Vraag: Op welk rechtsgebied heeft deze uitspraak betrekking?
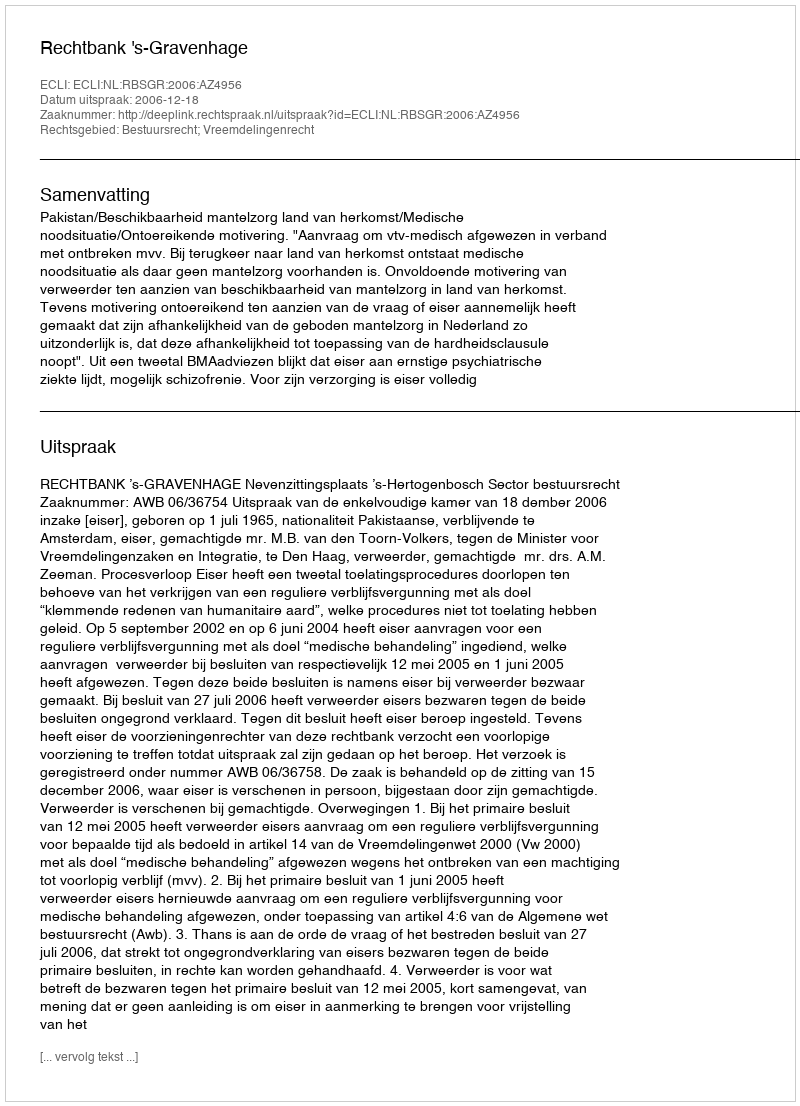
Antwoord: Bestuursrecht; Vreemdelingenrecht